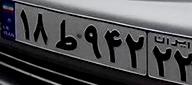
۱۸ط۹۴۲۲۲